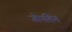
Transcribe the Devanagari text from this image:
जोपलिन